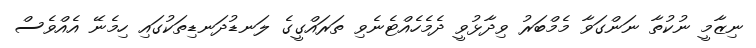
ނިޒާމީ ނުކުތާ ނަންގަވާ މެމްބަރު ވިދާޅުވީ ދެމެހެއްޓެނެވި ތަރައްގީގެ ލަނޑުދަނޑިތަކުގައި ހިމެނޭ އެއްވެސް